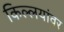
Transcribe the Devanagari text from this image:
किल्लयांवर